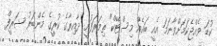
ކުޑަ ވެއްޖެކަމަށްވާނަމަ އެއީ ބައެއް މިސްޓޭކް" ތިމަރަފުށީ ދާއިރާގެ ކުރީގެ މެންބަރު ޝަރީފް